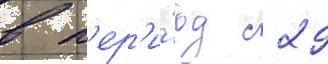
в п'ер'и́од с 29